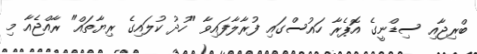
ބްރިޖާއި ސިޑްނީގެ އޮޕެރާ ހައުސްގައި ފުރާލާފައިވާ "ހުދު ކުލައިގެ ރިޔާތައް" ރާއްޖެއާ މި